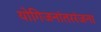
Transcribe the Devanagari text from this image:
योगिजनांतररंजना